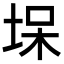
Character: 㙅